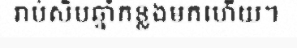
រាប់សិបឆ្នាំកន្លងមកហើយ។